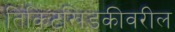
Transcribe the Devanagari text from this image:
तिकिटखिडकीवरील